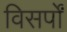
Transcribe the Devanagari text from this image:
विसर्पों